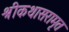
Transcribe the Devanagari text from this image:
श्रीकथासरामृत